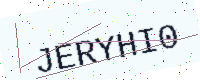
Text: JERYHI0